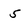
Character: 5